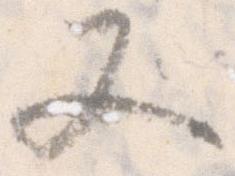
又